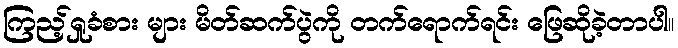
ကြည့်ရှုခံစား များ မိတ်ဆက်ပွဲကို တက်ရောက်ရင်း ဖြေဆိုခဲ့တာပါ။